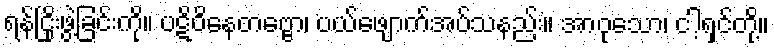
ရန်ငြိုးဖွဲ့ခြင်းကို။ ပဋိဝိနေတဗ္ဗော၊ ပယ်ဖျောက်အပ်သနည်း။ အာဝုသော၊ ငါ့ရှင်တို့။